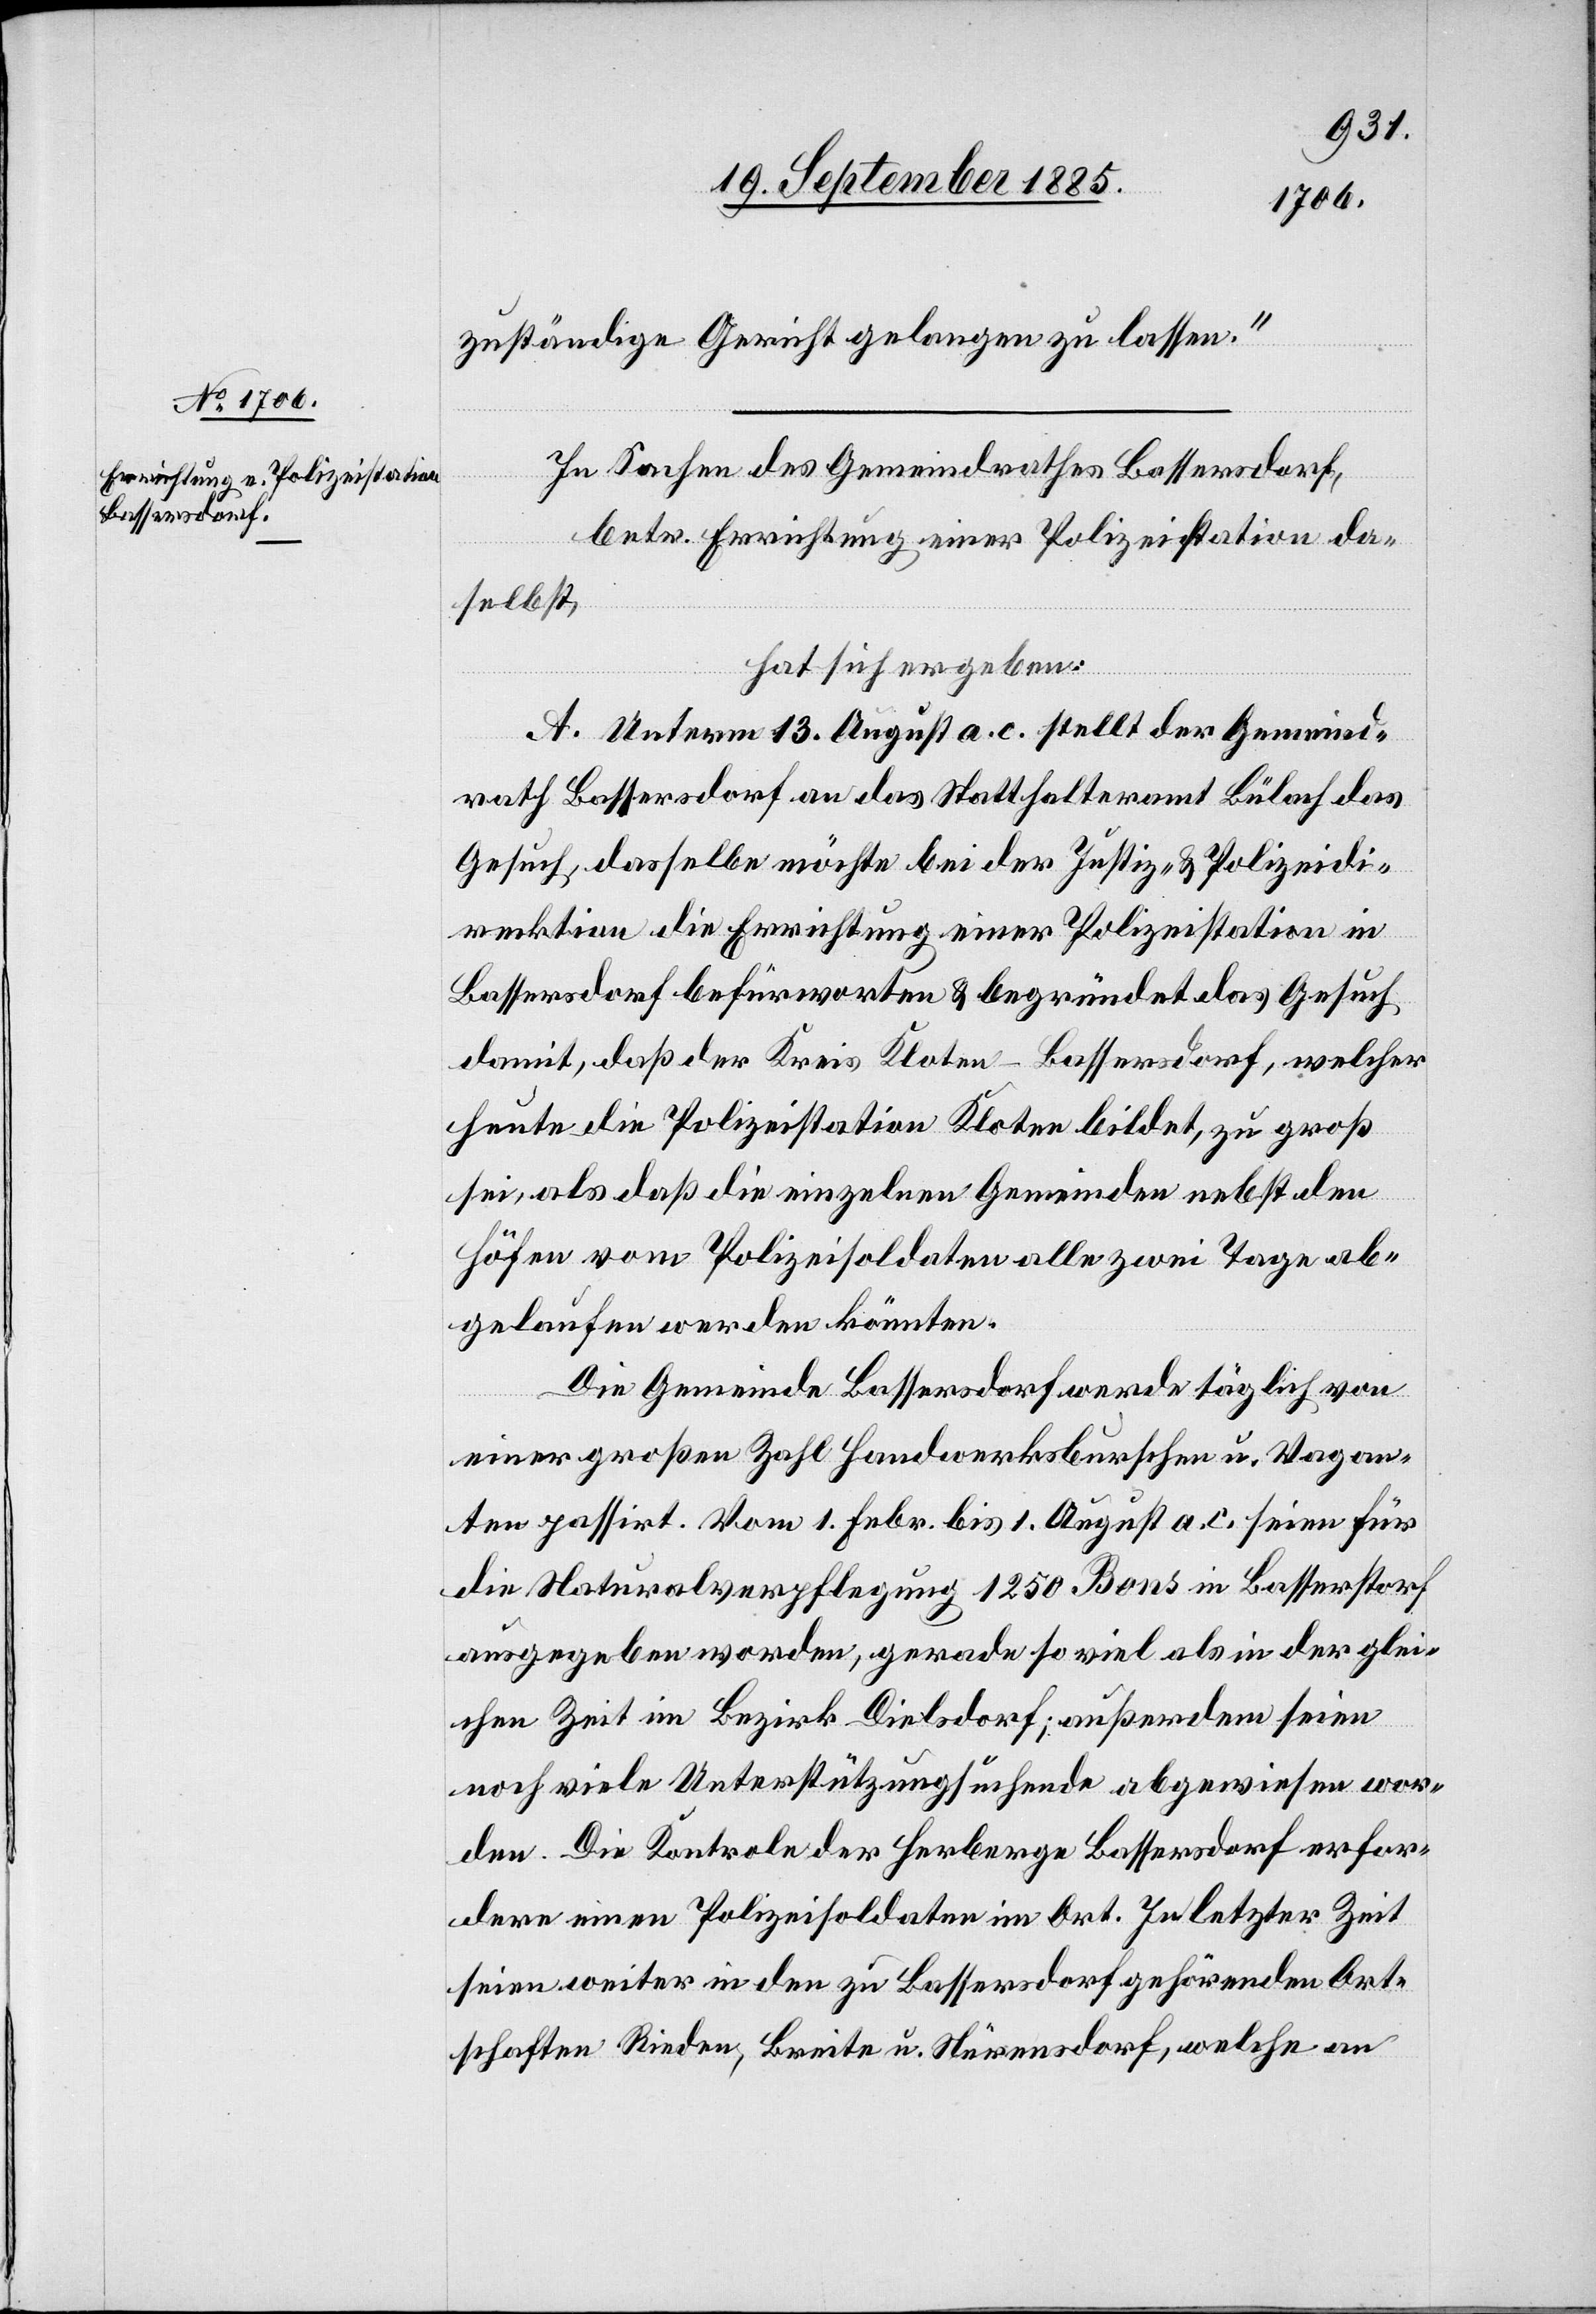
zuständige Gericht gelangen zu lassen.“
In Sachen des Gemeindrathes Bassersdorf,
betr. Errichtung einer Polizeistation da¬
selbst,
hat sich ergeben:
A. Unterm 13. August a. c. stellt der Gemeind¬
rath Bassersdorf an das Statthalteramt Bülach das
Gesuch, dasselbe möchte bei der Justiz- & Polizeidi¬
rektion die Errichtung einer Polizeistation in
Bassersdorf befürworten & begründet das Gesuch
damit, daß der Kreis Kloten-Bassersdorf, welcher
heute die Polizeistation Kloten bildet, zu groß
sei, als daß die einzelnen Gemeinden nebst den
Höfen vom Polizeisoldaten alle zwei Tage ab¬
gelaufen werden könnten.
Die Gemeinde Bassersdorf werde täglich von
einer großen Zahl Handwerksburschen u. Vagan¬
ten passirt. Vom 1. Febr. bis 1. August a. c. seien für
die Naturalverpflegung 1250 Bons in Bassersdorf
ausgegeben worden, gerade so viel als in der glei¬
chen Zeit im Bezirk Dielsdorf; außerdem seien
noch viele Unterstützungssuchende abgewiesen wor¬
den. Die Kontrole der Herberge Bassersdorf erfor¬
dere einen Polizeisoldaten im Ort. In letzter Zeit
seien weiter in den zu Bassersdorf gehörenden Ort¬
schaften Rieden, Breite u. Nürensdorf, welche an